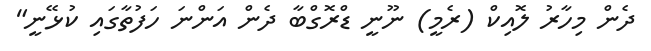
ދެން މިހާރު ލޮއިކް (ރެމީ) ނޫނީ ޑްރޮގްބާ ދެން އަންނަ ހަފުތާގައި ކުޅޭނީ"